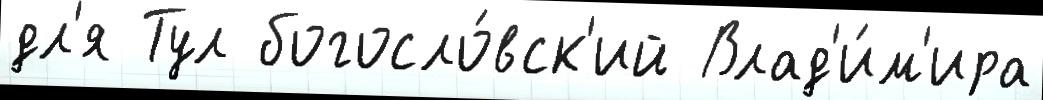
дл'я Тул богосло́вск'ий Влад'и́м'ира